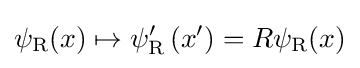
\psi _{\rm {R}}(x)\mapsto \psi _{\rm {R}}^{\prime }\left(x^{\prime }\right)=R\psi _{\rm {R}}(x)